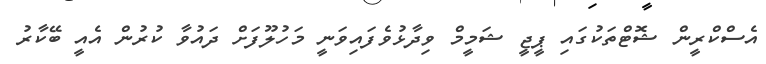
އެސްކްރީން ޝޮޓްތަކުގައި ޕީޖީ ޝަމީމް ވިދާޅުވެފައިވަނީ މަހުލޫފަށް ދައުވާ ކުރުން އެއީ ބޭކާރު